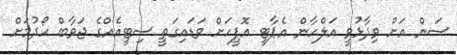
ސަން އަށް ވިދާޅުވީ އަލްހާން އެޕާޓީ އޮފީހަށް ވަޑައިގަތީ ސިޓީއެއްގެ ޖަވާބް ހޯދުމަށް